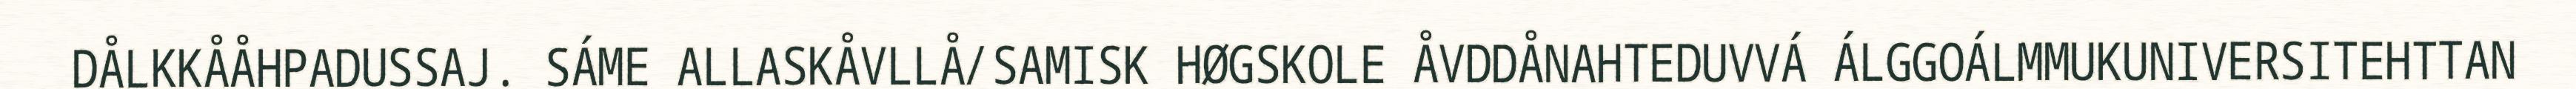
DÅLKKÅÅHPADUSSAJ. SÁME ALLASKÅVLLÅ/SAMISK HØGSKOLE ÅVDDÅNAHTEDUVVÁ ÁLGGOÁLMMUKUNIVERSITEHTTAN